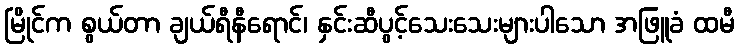
မြိုင်က စွယ်တာ ချယ်ရီနီရောင်၊ နှင်းဆီပွင့်သေးသေးများပါသော အဖြူခံ ထမီ